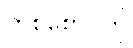
တစ်စောင်ကို